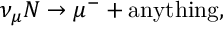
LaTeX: \nu _ { \mu } N \rightarrow \mu ^ { - } + \mathrm { a n y t h i n g } ,